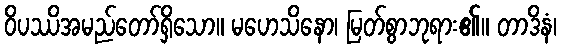
ဝိပဿိအမည်တော်ရှိသော။ မဟေသိနော၊ မြတ်စွာဘုရား၏။ တာဒိနံ၊